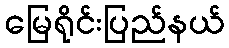
မြေရိုင်းပြည်နယ်